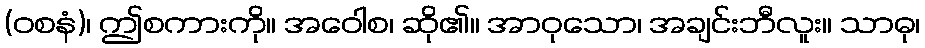
(ဝစနံ)၊ ဤစကားကို။ အဝေါစ၊ ဆို၏။ အာဝုသော၊ အချင်းဘီလူး။ သာဓု၊